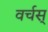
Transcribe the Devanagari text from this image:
वर्चस्